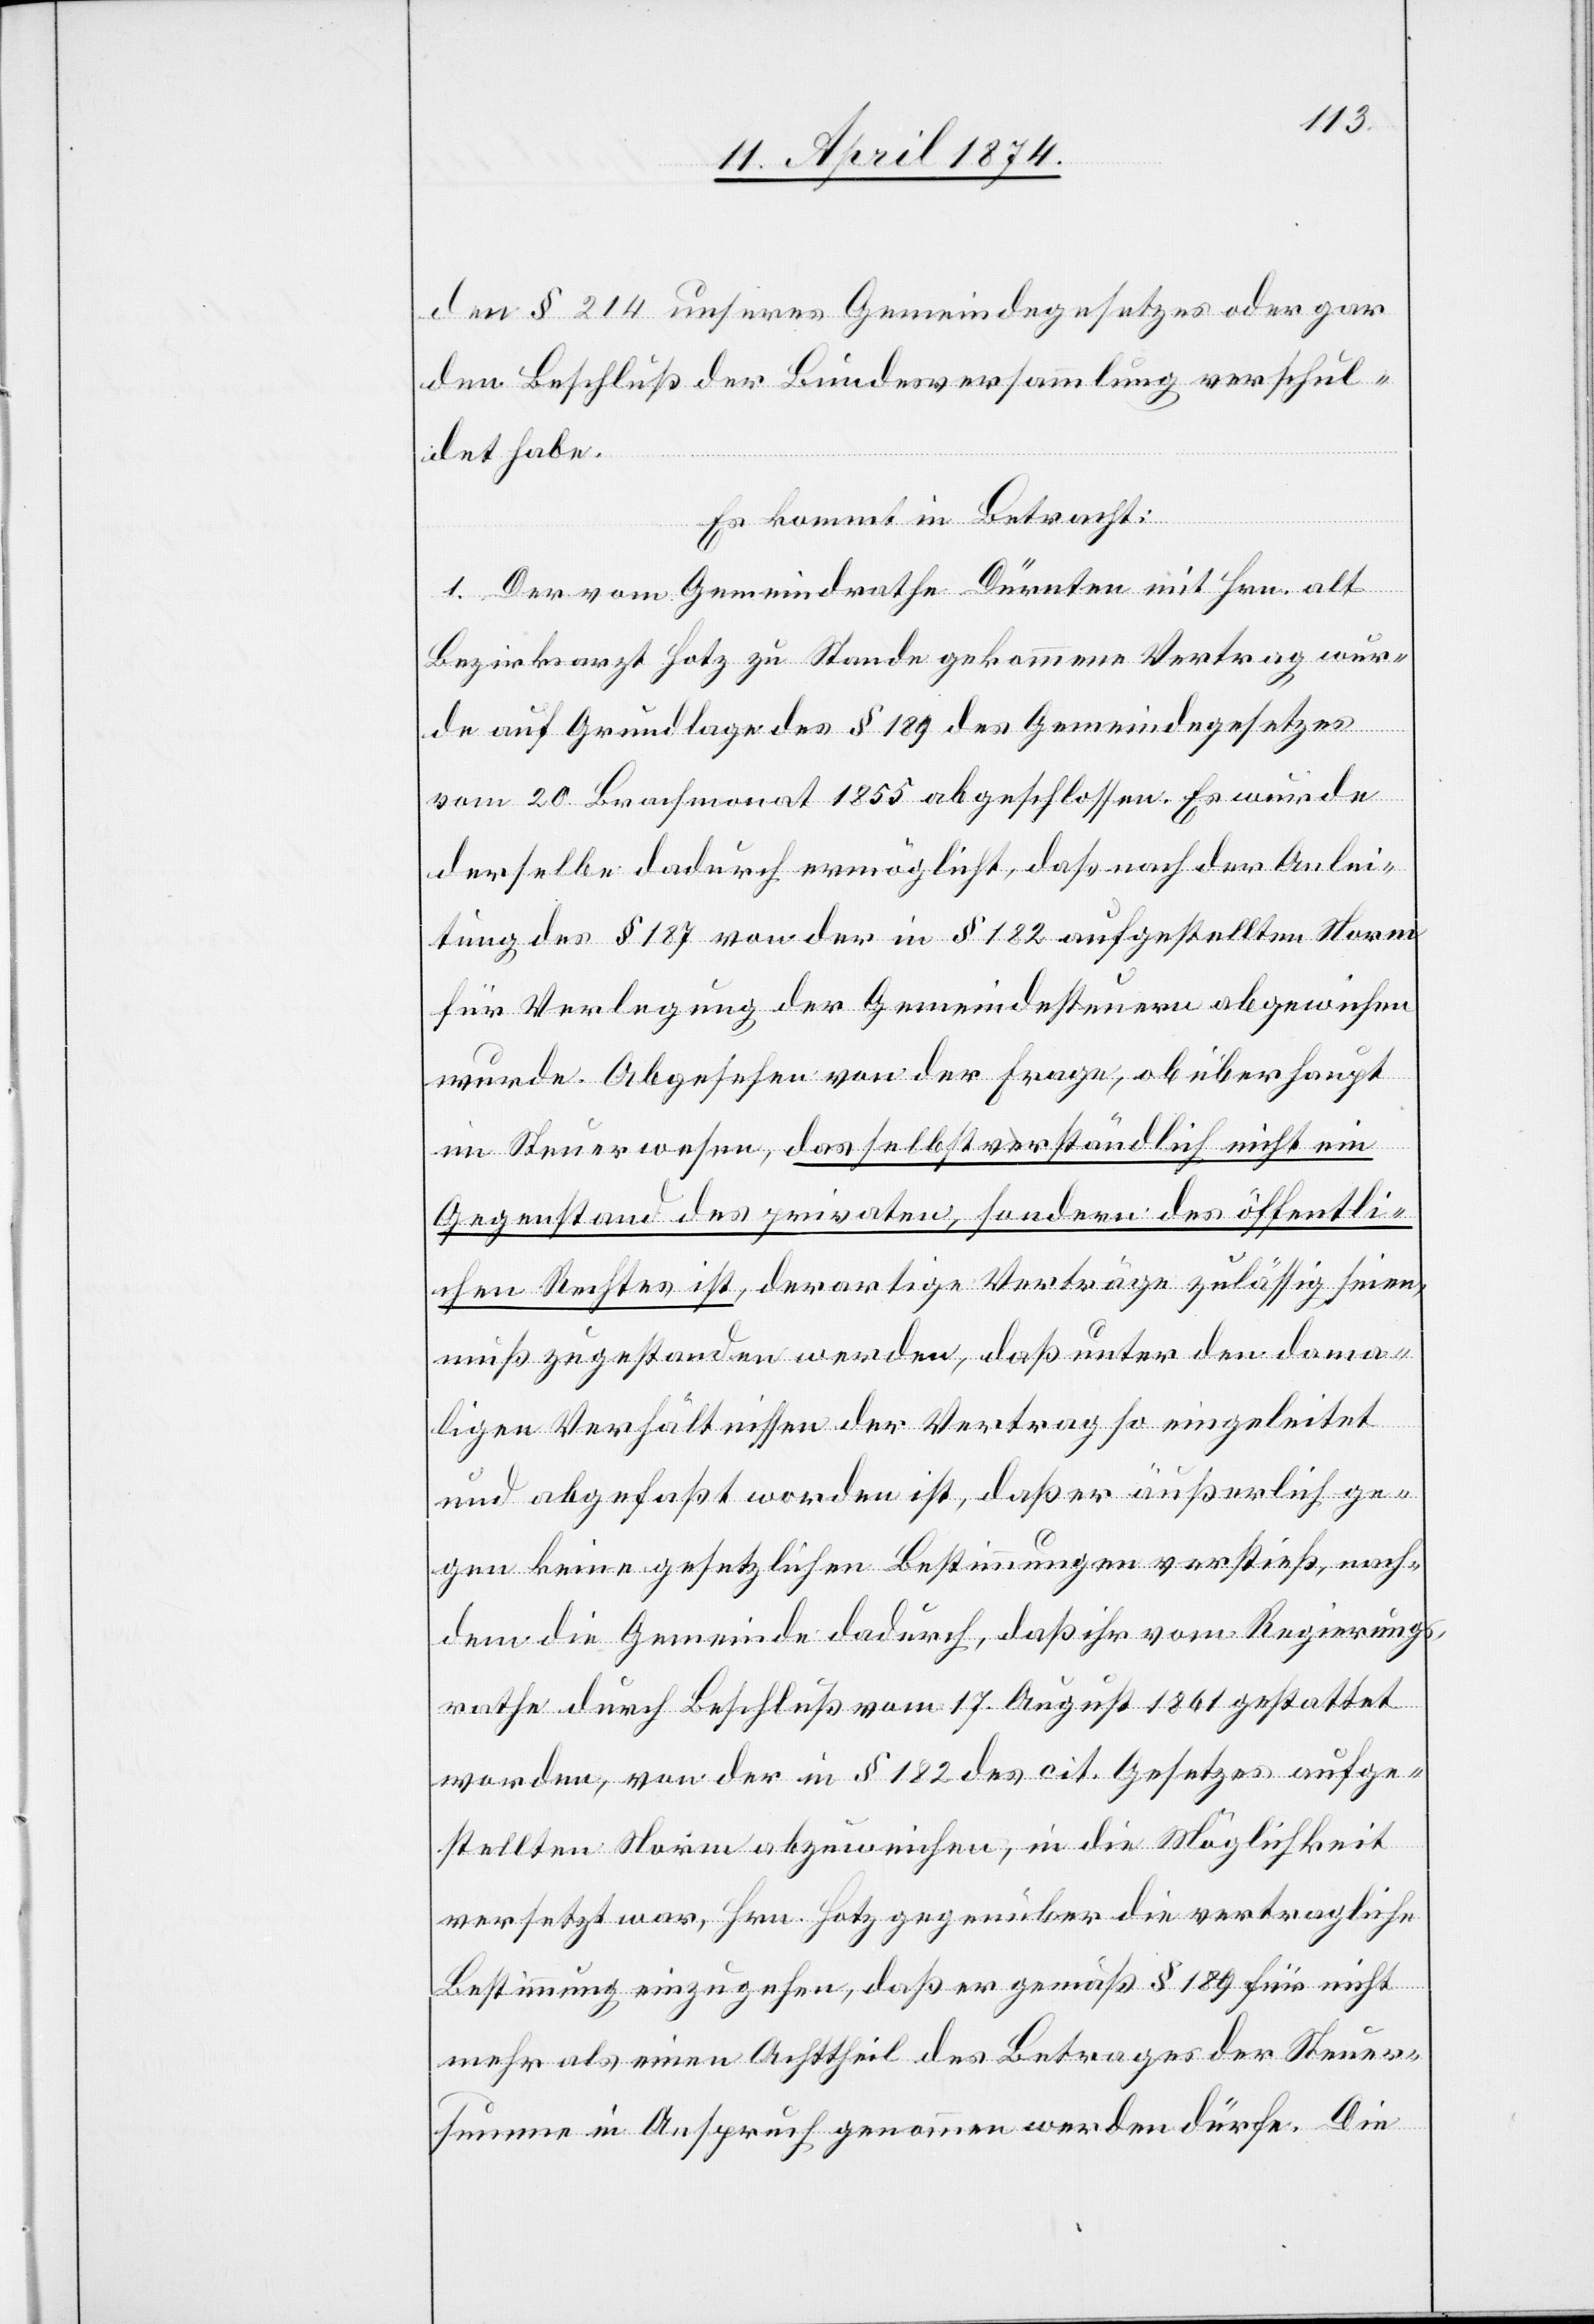
den § 214 unseres Gemeindegesetzes oder gar
den Beschluß der Bundesversammlung verschul¬
det habe.
Es kommt in Betracht:
1. Der vom Gemeindrathe Dürnten mit Hrn. alt
Bezirksarzt Hotz zu Stande gekommene Vertrag wur¬
de auf Grundlage des § 189 des Gemeindegesetzes
vom 20. Brachmonat 1855 abgeschlossen. Es wurde
derselbe dadurch ermöglicht, daß nach der Anlei¬
tung des § 187 von der in § 182 aufgestellten Norm
für Verlegung der Gemeindesteuern abgewichen
wurde. Abgesehen von der Frage, ob überhaupt
im Steuerwesen, das selbstverständlich nicht ein
Gegenstand des privaten, sondern des öffentli¬
chen Rechtes ist, derartige Verträge zulässig seien,
muß zugestanden werden, daß unter den dama¬
ligen Verhältnissen der Vertrag so eingeleitet
und abgefaßt worden ist, daß er äußerlich ge¬
gen keine gesetzlichen Bestimmungen verstieß, nach¬
dem die Gemeinde dadurch, daß ihr vom Regierungs¬
rathe durch Beschluß vom 17. August 1861 gestattet
worden, von der im § 182 des cit. Gesetzes aufge¬
stellten Norm abzuweichen, in die Möglichkeit
versetzt war, Hrn. Hotz gegenüber die vertragliche
Bestimmung einzugehen, daß er gemäß § 189 für nicht
mehr als einen Achttheil des Betrages der Steuer¬
summe in Anspruch genommen werden dürfe. Die